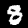
Digit: 8